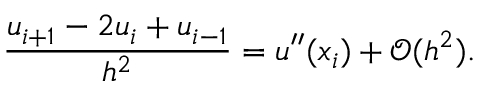
{ \frac { u _ { i + 1 } - 2 u _ { i } + u _ { i - 1 } } { h ^ { 2 } } } = u ^ { \prime \prime } ( x _ { i } ) + { \mathcal { O } } ( h ^ { 2 } ) .